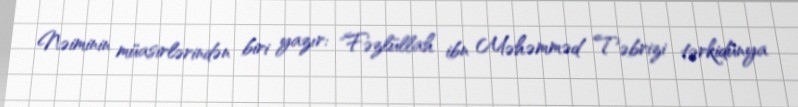
Nəiminin müasirlərindən biri yazır: "Fəzlüllah ibn Məhəmməd Təbrizi tərkidünya